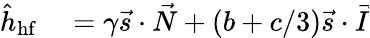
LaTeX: \begin{array}{rl}{\hat{h}_{\mathrm{hf}}}&{{}=\gamma\vec{s}\cdot\vec{N}+(b+c/3)\vec{s}\cdot\vec{I}}\end{array}